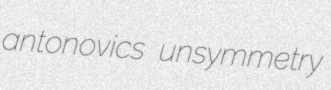
antonovics unsymmetry